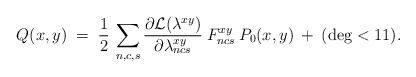
\begin{align*}Q(x,y) \;=\; \frac{1}{2}\: \sum_{n,c,s} \frac{\partial {\cal{L}}(\lambda^{xy})}{\partial \lambda^{xy}_{ncs}}\: F^{xy}_{ncs}\: P_0(x,y) \:+\: (\deg < 11).\end{align*}